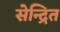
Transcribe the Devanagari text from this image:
सेन्द्रित